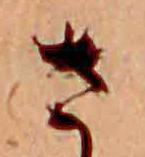
さ